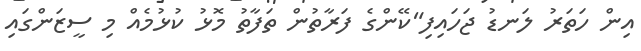
އިން ހަތަރު ލަނޑު ޖަހައިފި"ކޭންގެ ފަރާތުން ތަފާތު މޮޅު ކުޅުމެއް މި ސީޒަންގައި